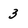
Character: 3